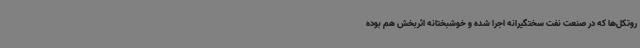
روتکل‌ها که در صنعت نفت سختگیرانه اجرا شده و خوشبختانه اثربخش هم بوده